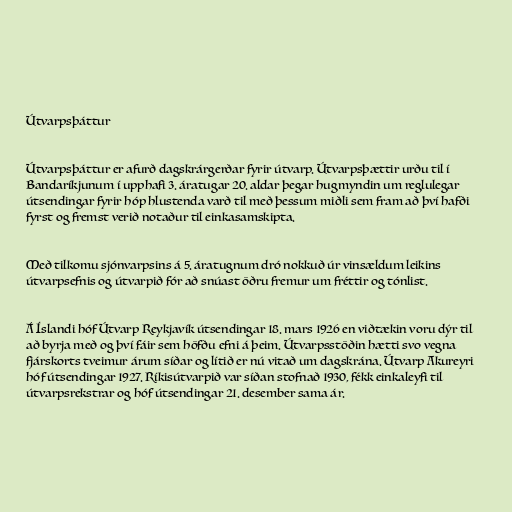
Útvarpsþáttur

Útvarpsþáttur er afurð dagskrárgerðar fyrir útvarp. Útvarpsþættir urðu til í
Bandaríkjunum í upphafi 3. áratugar 20. aldar þegar hugmyndin um reglulegar
útsendingar fyrir hóp hlustenda varð til með þessum miðli sem fram að því hafði
fyrst og fremst verið notaður til einkasamskipta.

Með tilkomu sjónvarpsins á 5. áratugnum dró nokkuð úr vinsældum leikins
útvarpsefnis og útvarpið fór að snúast öðru fremur um fréttir og tónlist.

Á Íslandi hóf Útvarp Reykjavík útsendingar 18. mars 1926 en viðtækin voru dýr til
að byrja með og því fáir sem höfðu efni á þeim. Útvarpsstöðin hætti svo vegna
fjárskorts tveimur árum síðar og lítið er nú vitað um dagskrána. Útvarp Akureyri
hóf útsendingar 1927. Ríkisútvarpið var síðan stofnað 1930, fékk einkaleyfi til
útvarpsrekstrar og hóf útsendingar 21. desember sama ár.